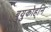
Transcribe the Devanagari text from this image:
बुयुकोर्हान